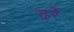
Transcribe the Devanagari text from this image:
ढ़र्रे